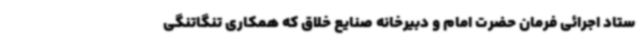
ستاد اجرائی فرمان حضرت امام و دبیرخانه صنایع خلاق که همکاری تنگاتنگی